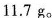
11.7g。